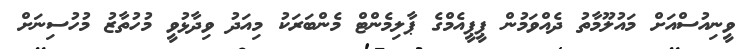
ވީނިއުސްއަށް މައުލޫމާތު ދެއްވަމުން ޕީޕީއެމްގެ ޕާލިމެންޓް މެންބަރަކު މިއަދު ވިދާޅުވީ މުހުތާޒު މުހުސިނަށް